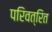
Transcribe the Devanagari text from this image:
परिवत्रित